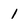
Character: 1